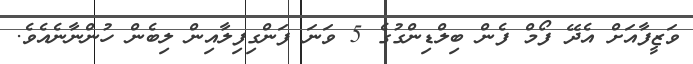
ވަޒީފާއަށް އެދޭ ފޯމް ފެން ބިލްޑިންގުގެ 5 ވަނަ ފަންގިފިލާއިން ލިބެން ހުންނާނެއެވެ.